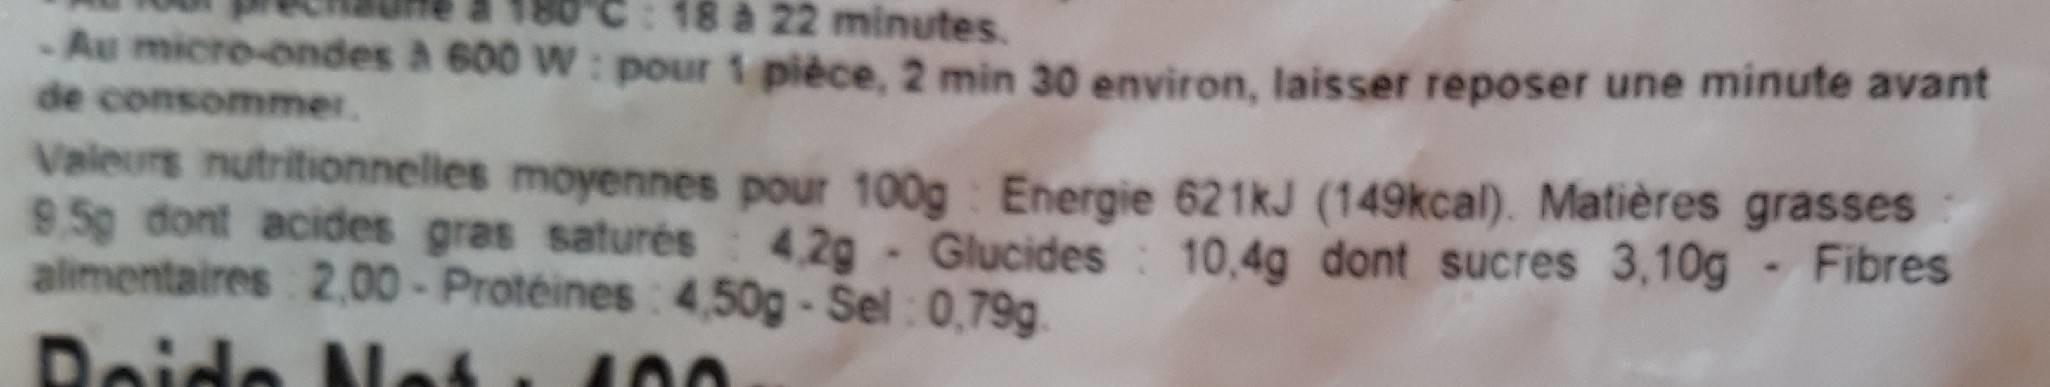
18 à 22 minutes.
Au micro-ondes à 600 W: pour 1 pièce, 2 min 30 environ, laisser reposer une minute avant de consommer.
Valeurs nutritionnelles moyennes pour 100g : Energie 621kJ (149kcal). Matières grasses 9.5g dont acides gras saturés 4,2g Glucides : 10,4g dont sucres 3,10g alimentaires 2,00 - Proteines : 4,50g- Sel : 0,79g.
Fibres
Reide
100